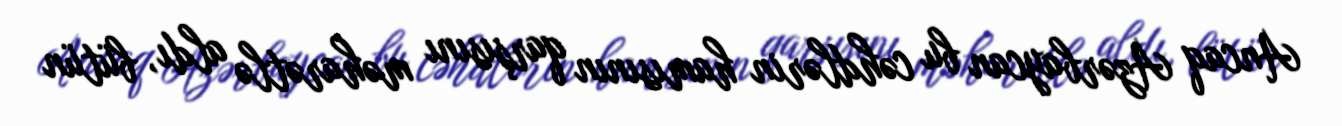
Ancaq Azərbaycan bu cəhdlərin hamısının qarşısını məharətlə aldı, bütün